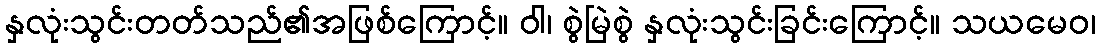
နှလုံးသွင်းတတ်သည်၏အဖြစ်ကြောင့်။ ဝါ၊ စွဲမြဲစွဲ နှလုံးသွင်းခြင်းကြောင့်။ သယမေဝ၊